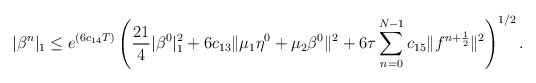
\begin{align*} |\beta^{n}|_1\leq e^{(6c_{14}T)}\left(\frac{21}{4}|\beta^0|_1^2+6c_{13}\| \mu_1 \eta^0+\mu_2\beta^0\|^2+6\tau \sum\limits_{n=0}^{N-1}c_{15}\|f^{n+\frac{1}{2}}\|^2 \right)^{1/2}. \end{align*}